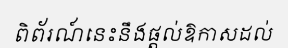
ពិព័រណ៍នេះនឹងផ្តល់ឱកាសដល់